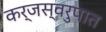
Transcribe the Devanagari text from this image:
कर्जस्वरुपात